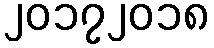
၂၀၁၇၂၀၁၈